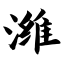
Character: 潍